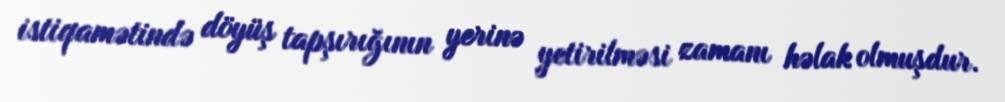
istiqamətində döyüş tapşırığının yerinə yetirilməsi zamanı həlak olmuşdur.